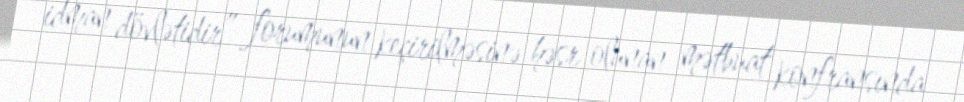
idman dövlətidir” forumunun keçirilməsinə həsr olunan mətbuat konfransında